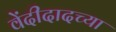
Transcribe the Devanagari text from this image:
वेंदीदादच्या